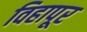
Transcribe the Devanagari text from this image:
विहापूर